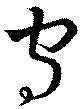
守